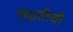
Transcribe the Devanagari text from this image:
फितीची